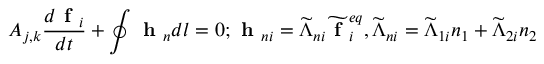
A _ { j , k } \frac { d \textbf { f } _ { i } } { d t } + \oint \textbf { h } _ { n } d l = 0 ; \textbf { h } _ { n i } = \widetilde { \Lambda } _ { n i } \widetilde { \textbf { f } } _ { i } ^ { e q } , \widetilde { \Lambda } _ { n i } = \widetilde { \Lambda } _ { 1 i } n _ { 1 } + \widetilde { \Lambda } _ { 2 i } n _ { 2 }